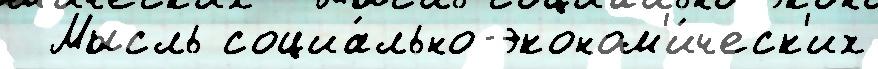
  Мысль социа́льно-эконом'и́ческ'их